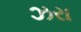
ઝરા